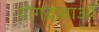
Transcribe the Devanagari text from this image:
योगदाताओं